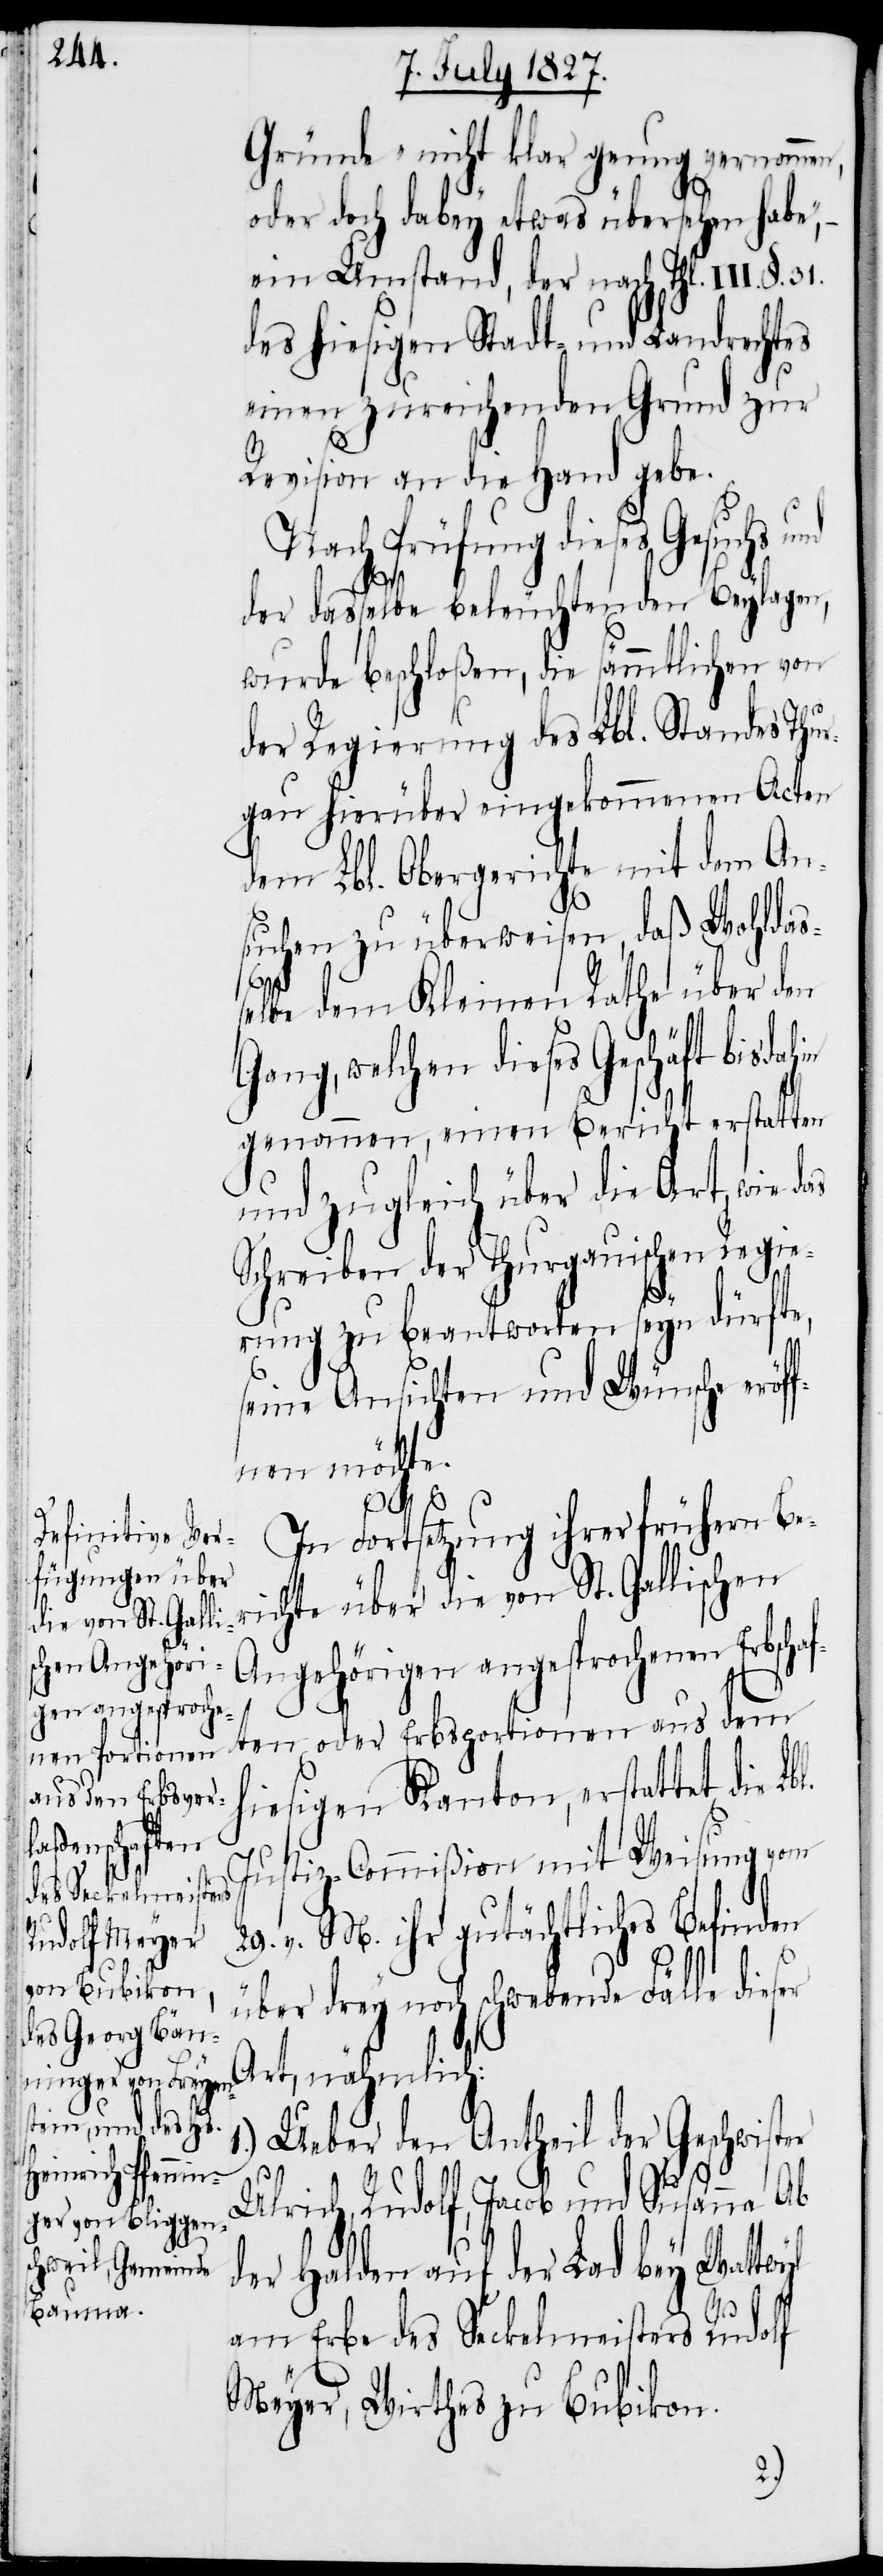
er

Gründe nicht klar genug vernommen,
oder doch dabey etwas übersehen habe,
ein Umstand, der nach Thl.
des hiesigen Stadt- und Landrechtes
einen zureichenden Grund zur
Revision an die Hand gebe.
Nach Prüfung dieses
der dasselbe beleuchtenden Beylagen,
wurde beschloßen, die sämmtlichen von
der Regierung des Lbl. Standes Thu¬
rgau hierüber eingekommenen Acten
dem Lbl. Obergerichte mit dem An¬
suchen zu überweisen, daß Wohldas¬
elbe dem Kleinen Rathe über den
Gang, welchen dieses Geschäft bis
genommen, einen Bericht erstatten
und zugleich über die Art, wie das
Schreiben der Thurgauischen Regie¬
rung zu beantworten seyn dürfte,
seine Ansichten und Wünsche eröf¬
fnen möchte.
In Fortsetzung ihrer frühern Be¬
richte über die von St. Gallischen
Angehörigen angesprochenen Erbscha¬
ften oder Erbsportionen aus dem
hiesigen Kanton, erstattet die
Justiz-Commißion mit Weisung vom
29. v. M. ihr gutächtliches Befinden
über drey noch schwebende Fälle dies¬
Art, nämlich:
Ueber den Antheil der Geschwist¬
Ulrich, Rudolf, Jacob und Susanna Ab
der Halden auf der Lad bey Wattwyl
am Erbe des Seckemleisters Rudolf
Meyer, Wirthes zu Bubikon.
1.)